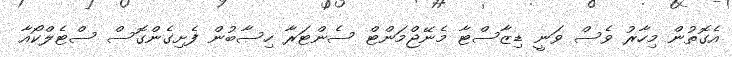
އެގޮތުން މިހާރު ވެސް ވަނީ ޑިޒާސްޓާ މެނޭޖްމަންޓް ސެންޓަރާ ހިސާބުން ފެށިގެންގޮސް ސްޓެލްކޯއާ